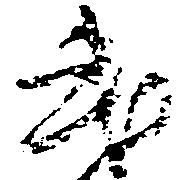
武